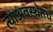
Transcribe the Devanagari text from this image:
त्याअवस्थेतच